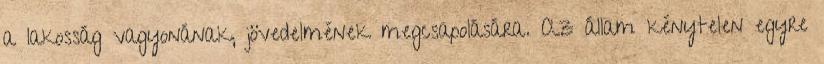
a lakosság vagyonának, jövedelmének megcsapolására. Az állam kénytelen egyre